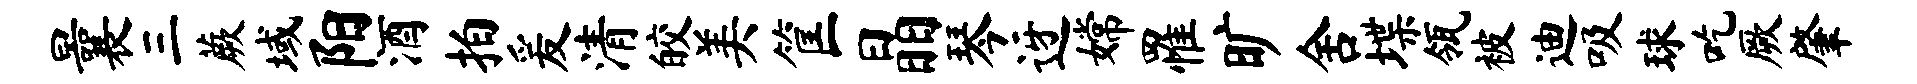
曩三蕨域阳酒拍爰清皎美筐晶琴迓嫦罹旷舍堞瓴被迪吸球吃厥肇